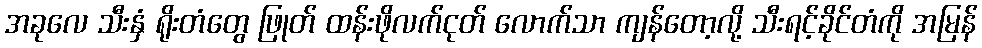
အခုလေ သီးနှံ ရိုးတံတွေ ဖြုတ် ထန်းဖိုလက်ငုတ် လောက်သာ ကျန်တော့လို့ သီးရင့်ခိုင်တံကို အမြန်